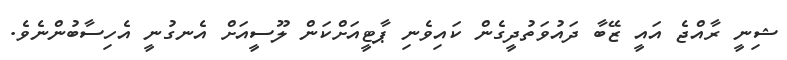
ޝިނީ ރާއްޖެ އައީ ޒޭބާ ދައުވަތުދީގެން ކައިވެނި ޕާޓީއަށްކަން ލޫސީއަށް އެނގުނީ އެހިސާބުންނެވެ.